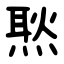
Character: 㷦